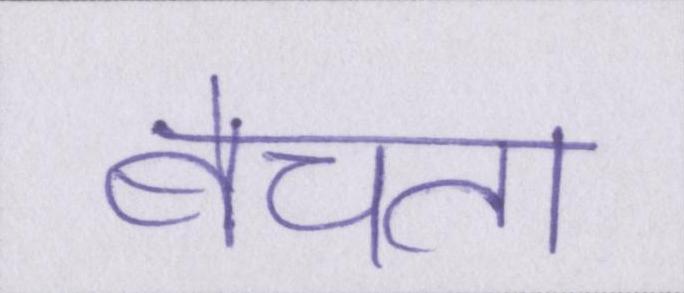
बेचता